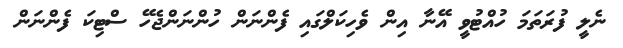
ނެލީ ފުރަތަމަ ހުއްޓުވީ އޭނާ އިން ވެހިކަލްގައި ފެންނަން ހުންނަންޖެހޭ ސްޓިކަ ފެންނަން